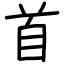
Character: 首